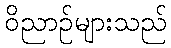
ဝိညာဉ်များသည်